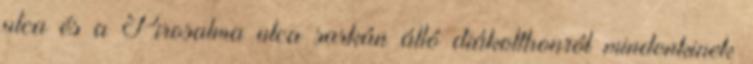
utca és a Pirosalma utca sarkán álló diákotthonról mindenkinek